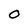
Character: 0